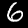
Digit: 6